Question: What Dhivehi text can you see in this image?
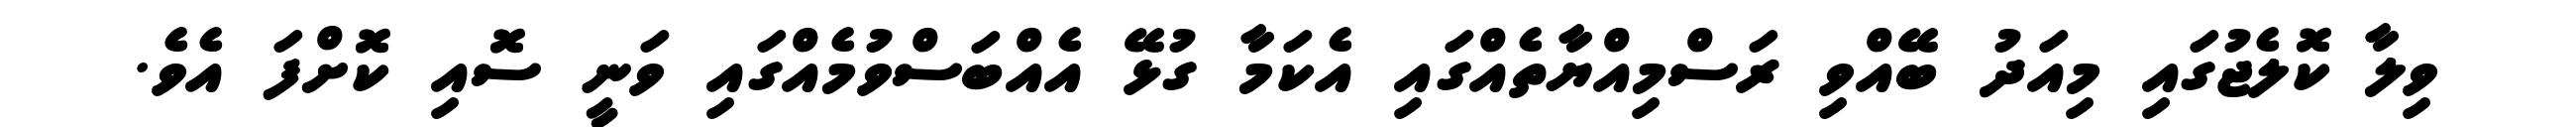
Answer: ވިލާ ކޮލެޖުގައި މިއަދު ބޭއްވި ރަސްމިއްޔާތެއްގައި އެކަމާ ގުޅޭ އެއްބަސްވުމެއްގައި ވަނީ ސޮއި ކޮށްފަ އެވެ.